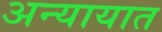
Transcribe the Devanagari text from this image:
अन्यायात